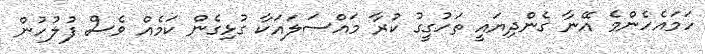
ހަމައެހެންމެ އޭނާ ގެންދިޔައީ ތަހުގީގު ކުރާ މައްސަލައަކާ ގުޅިގެން ކަމެއް ވެސް ފުލުހުން